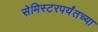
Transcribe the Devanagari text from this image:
सेमिस्टरपर्यंतच्या